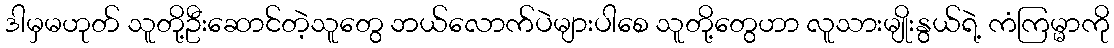
ဒါမှမဟုတ် သူတို့ဦးဆောင်တဲ့သူတွေ ဘယ်လောက်ပဲများပါစေ သူတို့တွေဟာ လူသားမျိုးနွယ်ရဲ့ ကံကြမ္မာကို